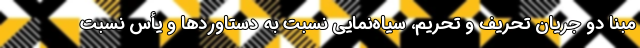
مبنا دو جریان تحریف و تحریم، سیاه‌نمایی نسبت به دستاوردها و یأس نسبت